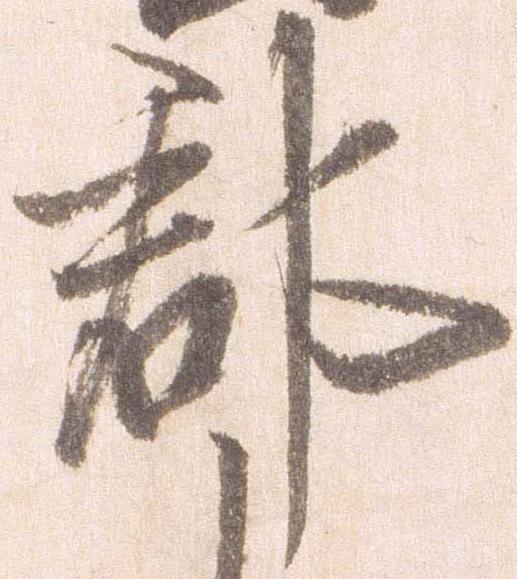
郡